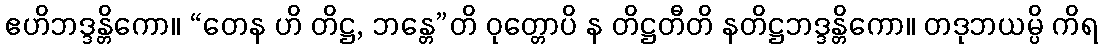
ဧဟိဘဒ္ဒန္တိကော။ “တေန ဟိ တိဋ္ဌ, ဘန္တေ”တိ ဝုတ္တောပိ န တိဋ္ဌတီတိ နတိဋ္ဌဘဒ္ဒန္တိကော။ တဒုဘယမ္ပိ ကိရ